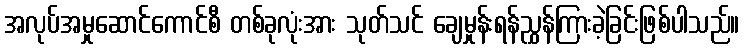
အလုပ်အမှုဆောင်ကောင်စီ တစ်ခုလုံးအား သုတ်သင် ချေမှုန်းရန်ညွှန်ကြားခဲ့ခြင်းဖြစ်ပါသည်။